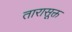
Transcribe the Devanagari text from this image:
तारासूक्त